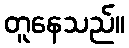
တူနေသည်။